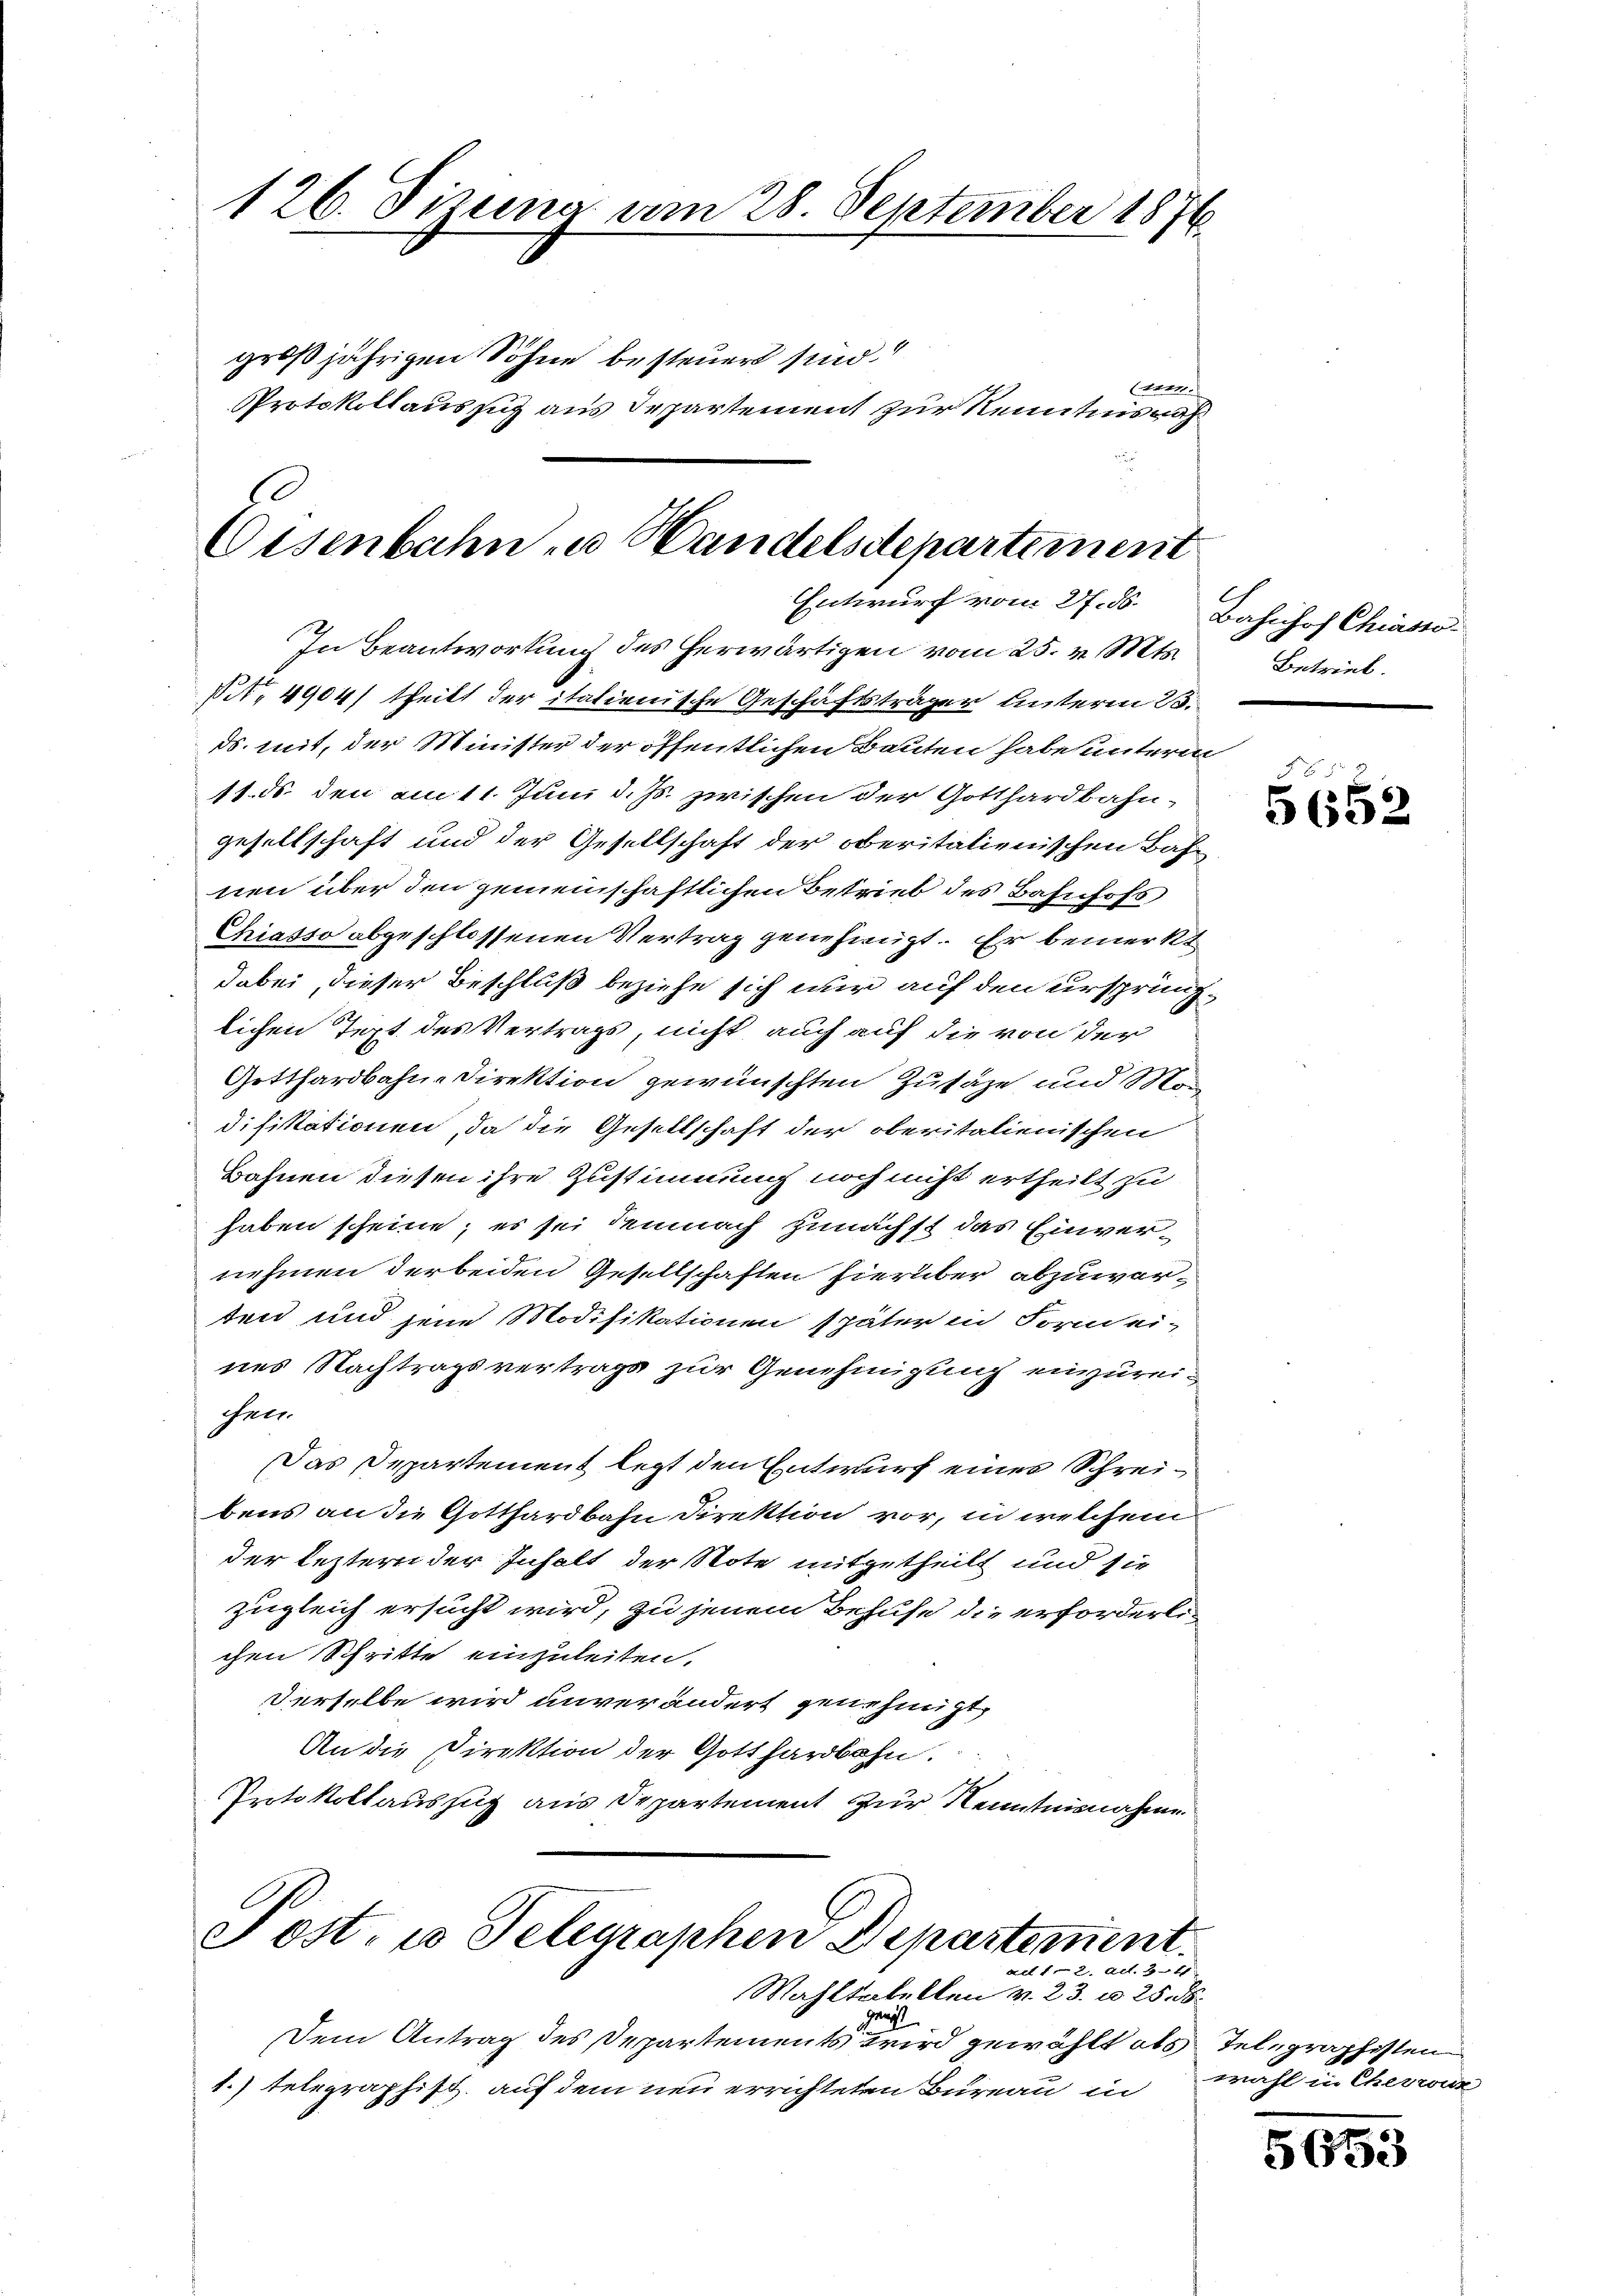
126. Fisena am 28. September 1876
großjährigen Söhne besteuert sind
ven-
Protokollaussich aus Departement zur Kenntnisnah

Oisenbahn zu Handelsdepartement
Entwurf vom 27. ds.

In Beantwortung des herwärtigen vom 25. v. Mts.
Nr. 4904/ theilt der italienische Geschäftsträger unterm 13.
ds. mit, der Minister der öffentlichen Bauten habe unterm
11. ds. den am 11. Juni d. Js. zwischen der Gotthardbahngesellschaft und der Gesellschaft der oberitalienischen Bahnen über den gemeinschaftlichen Betrieb des Bahnhofs
Chiasso abgeschlossenen Vertrag genehmigt. Er bemerkt
dabei, dieser Beschluß beziehe sich wir auf den ursprünglichen Text des Vertrags, nicht auch auf die von der
Gotthardbahn-Direktion gewünschten Zusäte und Man
difikationen, da die Gesellschaft der oberitalienischen
Bahnen diesen ihre Zustimmung noch nicht ertheilt zu
haben scheine; es sei demnach zunächst das Einvernehmen der beiden Gesellschaften hierüber abzuwarten und jene Modifikationen später in Form ei-
nes Nachtragsvertrage zur Genehmigung einzureifarr
Das Departement legt den Entwurf eines Schreibens an die Gotthardbahn Direktion vor, in welchem
der leztern der Inhalt der Note mitgetheilt und sie
zugleich ersucht wird, zu jenem Behufe die erforderlichen Schritte einzuleiten.
Derselbe wird unverändert genehmigt,
An die Direktion der Gotthardbahn.
Protokollauszug aus Departement zur Kenntnisnahme
Post. 10 Telegraphen Departement
 A
Wahltabellen v. 23. u 25. d.
gung
Dem Antrag des Departements wird gewählt als Telegraphisten
1.) Telegraphist, auf dem neu errichteten Bureau in

Bahnhof Chiasso
Betrieb.

x
5652

wahl in Cherwar

5653